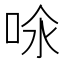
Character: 𠲈